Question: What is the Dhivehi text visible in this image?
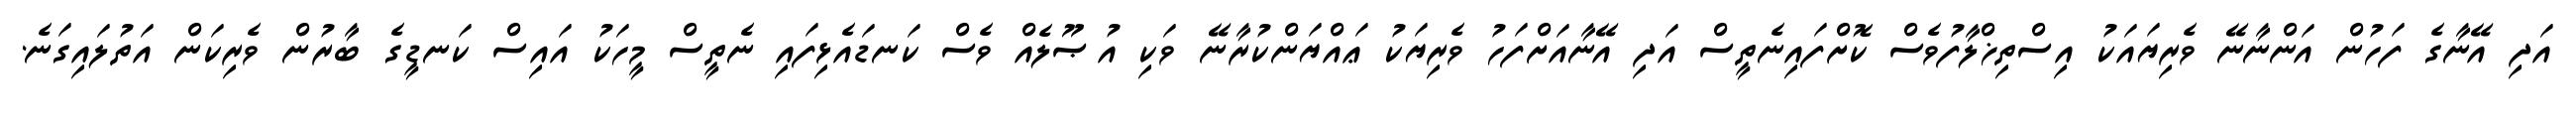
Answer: އަދި އޭނާގެ ފަހުން އަންނާނޭ ވެރިޔައަކު އިސްތިޚްލާފުވެސް ކޮށްފައިނެތީސް އަދި އޭނާއަށްފަހު ވެރިޔަކު ޢައްޔަންކުރާނޭ ވަކި އުޞޫލެއް ވެސް ކަނޑައެޅިފައި ނެތީސް މީހަކު އައިސް ކަނޑީގެ ބާރުން ވެރިކަން އަތުލައިގަނެ.